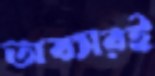
অবসরই